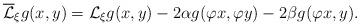
LaTeX: \begin{align*}\overline{\mathcal{L}}_{\xi} g(x,y)=\mathcal{L}_{\xi}g(x,y)-2\alpha g(\varphi x,\varphi y)-2\beta g(\varphi x,y).\end{align*}